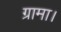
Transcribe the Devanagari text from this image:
ग्रामा।